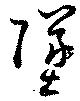
墜